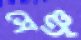
সেঞ্